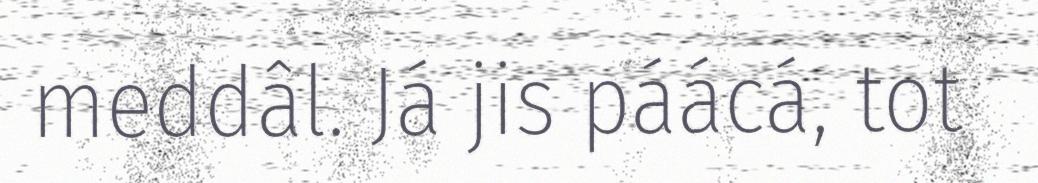
meddâl. Já jis páácá, tot